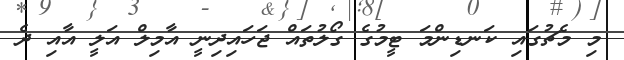
މި މެޗުގައި ކަނޑިންމަ ޓީމުގެ ގޯލުތައް ޖަހައިދިނީ އާމިލް އަލީ އާއި ދެ